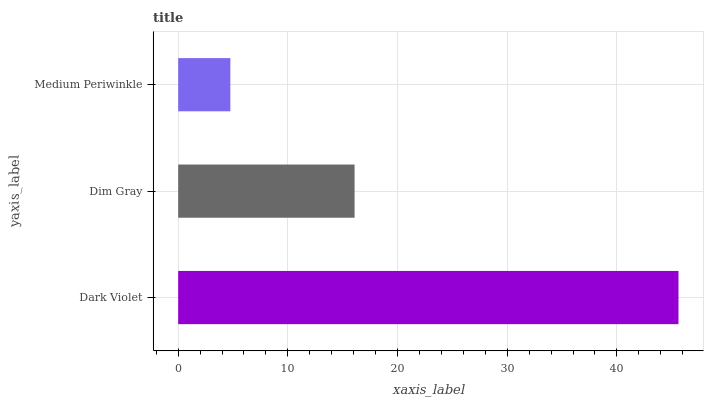
| yaxis_label | bars |
 | --- | --- |
 | Dark Violet | 45.6 |
 | Dim Gray | 16.1 |
 | Medium Periwinkle | 4.76 |